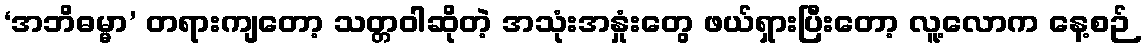
‘အဘိဓမ္မာ’ တရားကျတော့ သတ္တဝါဆိုတဲ့ အသုံးအနှုံးတွေ ဖယ်ရှားပြီးတော့ လူ့လောက နေ့စဉ်